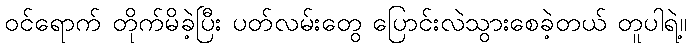
ဝင်ရောက် တိုက်မိခဲ့ပြီး ပတ်လမ်းတွေ ပြောင်းလဲသွားစေခဲ့တယ် တူပါရဲ့။